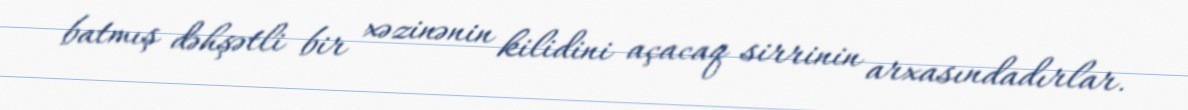
batmış dəhşətli bir xəzinənin kilidini açacaq sirrinin arxasındadırlar.